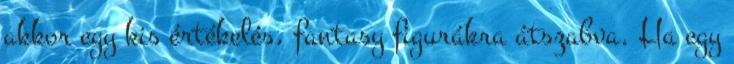
akkor egy kis értékelés, fantasy figurákra átszabva. Ha egy